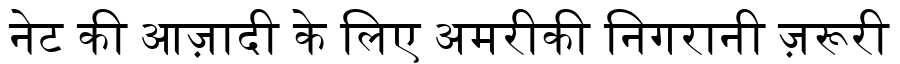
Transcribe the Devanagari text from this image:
नेट की आज़ादी के लिए अमरीकी निगरानी ज़रूरी